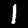
Label: 1